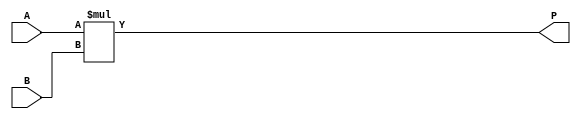
module ParameterizedMultiplier #(
    parameter A_WIDTH = 8,   // Width of input A
    parameter B_WIDTH = 8    // Width of input B
)(
    input  wire [A_WIDTH-1:0] A, // Input A
    input  wire [B_WIDTH-1:0] B, // Input B
    output wire [(A_WIDTH + B_WIDTH - 1):0] P // Output product
);

    // Behavioral multiplication
    assign P = A * B; // Multiplication operation

endmodule